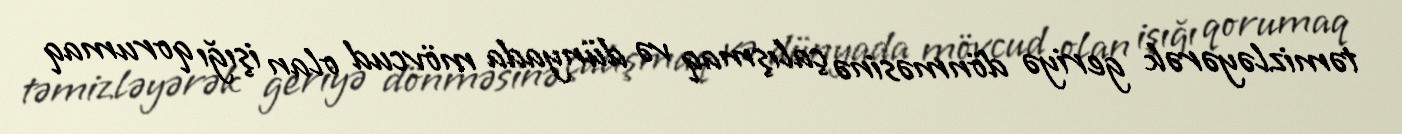
təmizləyərək geriyə dönməsinə çalışmaq və dünyada mövcud olan işığı qorumaq